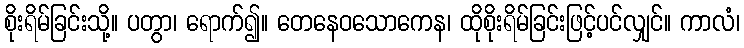
စိုးရိမ်ခြင်းသို့။ ပတွာ၊ ရောက်၍။ တေနေဝသောကေန၊ ထိုစိုးရိမ်ခြင်းဖြင့်ပင်လျှင်။ ကာလံ၊